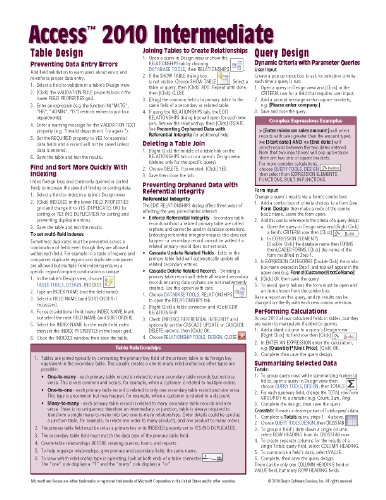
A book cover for Microsoft Access 2010 Intermediate Quick Reference Guide (Cheat Sheet of Instructions, Tips & Shortcuts - Laminated Card); Beezix Inc.; Computers & Technology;